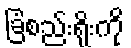
ခြံစည်းရိုးကို